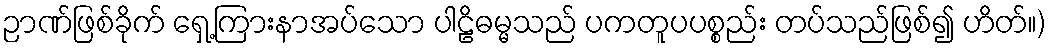
ဉာဏ်ဖြစ်ခိုက် ရှေ့ကြားနာအပ်သော ပါဠိဓမ္မသည် ပကတူပပစ္စည်း တပ်သည်ဖြစ်၍ ဟိတ်။)